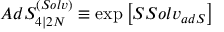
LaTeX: A d S _ { 4 \vert 2 { \cal N } } ^ { ( S o l v ) } \equiv \exp \left[ S S o l v _ { a d S } \right]